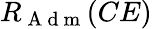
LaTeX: R_{\mathrm{~A~d~m~}}(CE)